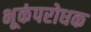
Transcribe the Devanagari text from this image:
भूकंपरोधक